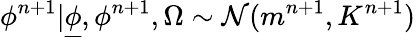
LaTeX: {{\phi}^{n+1}}|{\underline{{\phi}}},{{\phi}^{n+1}},\Omega\sim\mathcal{N}(m^{n+1},K^{n+1})